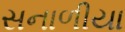
સનાળીયા